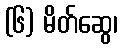
(၆) မိတ်ဆွေ၊